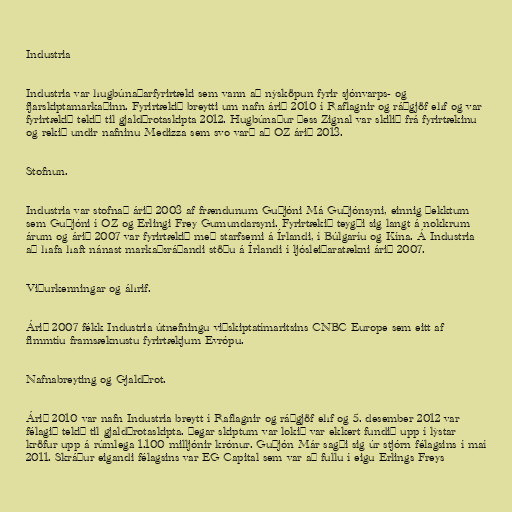
Industria

Industria var hugbúnaðarfyrirtæki sem vann að nýsköpun fyrir sjónvarps- og
fjarskiptamarkaðinn. Fyrirtækið breytti um nafn árið 2010 í Raflagnir og ráðgjöf ehf og var
fyrirtækið tekið til gjaldþrotaskipta 2012. Hugbúnaður þess Zignal var skilið frá fyrirtækinu
og rekið undir nafninu Medizza sem svo varð að OZ árið 2013.

Stofnun.

Industria var stofnað árið 2003 af frændunum Guðjóni Má Guðjónsyni, einnig þekktum
sem Guðjóni í OZ og Erlingi Frey Gumundarsyni. Fyrirtækið teygði sig langt á nokkrum
árum og árið 2007 var fyrirtækið með starfsemi á Írlandi, í Búlgaríu og Kína. Á Industria
að hafa haft nánast markaðsráðandi stöðu á Írlandi í ljósleiðaratækni árið 2007.

Viðurkenningar og áhrif.

Árið 2007 fékk Industria útnefningu viðskiptatímaritsins CNBC Europe sem eitt af
fimmtíu framsæknustu fyrirtækjum Evrópu.

Nafnabreyting og Gjaldþrot.

Árið 2010 var nafn Industria breytt í Raflagnir og ráðgjöf ehf og 5. desember 2012 var
félagið tekið til gjaldþrotaskipta. Þegar skiptum var lokið var ekkert fundið upp í lýstar
kröfur upp á rúmlega 1.100 milljónir krónur. Guðjón Már sagði sig úr stjórn félagsins í maí
2011. Skráður eigandi félagsins var EG Capital sem var að fullu í eigu Erlings Freys